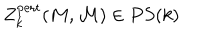
Z _ { k } ^ { \mathrm { p e r t } } ( M , { \cal M } ) \in P S ( k )